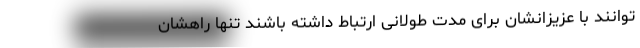
توانند با عزیزانشان برای مدت طولانی ارتباط داشته باشند تنها راهشان